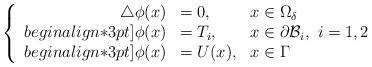
LaTeX: \begin{align*} \left\{\begin{array}{r l l }\triangle \phi(x) & = 0, & x\in\Omega_ \delta\\begin{align*}3pt]\phi(x) & =T_i, & \displaystyle x\in\partial \mathcal{B}_i,~i=1,2\\begin{align*}3pt]\phi(x) & = U(x) , & x\in\Gamma\end{array}\right.\end{align*}